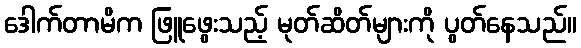
ဒေါက်တာမိက ဖြူဖွေးသည့် မုတ်ဆိတ်များကို ပွတ်နေသည်။